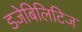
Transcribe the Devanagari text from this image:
डजेबिलिटिज